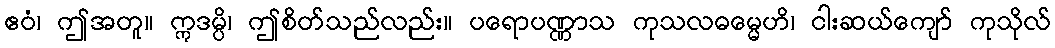
ဧဝံ၊ ဤအတူ။ ဣဒမ္ပိ၊ ဤစိတ်သည်လည်း။ ပရောပဏ္ဏာသ ကုသလဓမ္မေဟိ၊ ငါးဆယ်ကျော် ကုသိုလ်